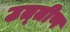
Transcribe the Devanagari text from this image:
उत्‍तीण